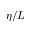
\eta / L